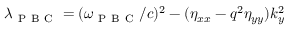
\lambda _ { \mathrm { ~ P ~ B ~ C ~ } } = ( \omega _ { \mathrm { ~ P ~ B ~ C ~ } } / c ) ^ { 2 } - ( \eta _ { x x } - q ^ { 2 } \eta _ { y y } ) k _ { y } ^ { 2 }